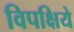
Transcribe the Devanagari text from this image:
विपक्षिये